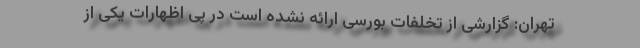
تهران: گزارشی از تخلفات بورسی ارائه نشده است در پی اظهارات یکی از